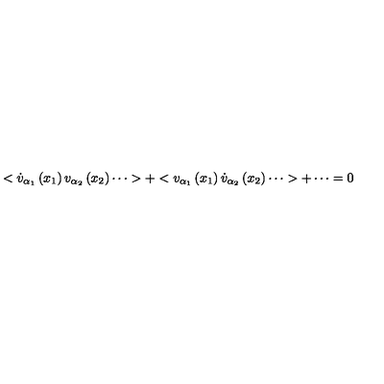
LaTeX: < \dot { v } _ { \alpha _ { 1 } } \left( x _ { 1 } \right) v _ { \alpha _ { 2 } } \left( x _ { 2 } \right) \cdots > + < v _ { \alpha _ { 1 } } \left( x _ { 1 } \right) \dot { v } _ { \alpha _ { 2 } } \left( x _ { 2 } \right) \cdots > + \cdots = 0